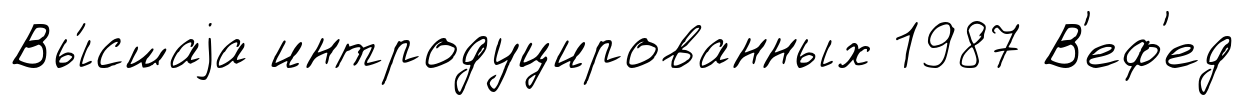
Вы́сшаjа интродуцированных 1987 В'еф'ед